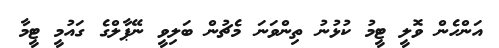
އަންހެން ވޮލީ ޓީމު ކުޅުނު ތިންވަނަ މެޗުން ބަލިވީ ނޭޕާލްގެ ގައުމީ ޓީމާ